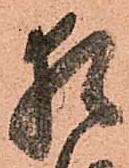
候